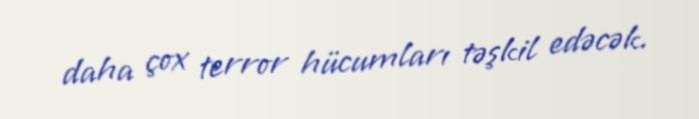
daha çox terror hücumları təşkil edəcək.